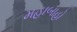
મહાબાહો